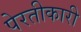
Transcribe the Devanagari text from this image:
पेरतीकारी